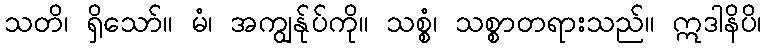
သတိ၊ ရှိသော်။ မံ၊ အကျွန်ုပ်ကို။ သစ္စံ၊ သစ္စာတရားသည်။ ဣဒါနိပိ၊